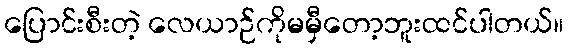
ပြောင်းစီးတဲ့ လေယာဉ်ကိုမမှီတော့ဘူးထင်ပါတယ်။